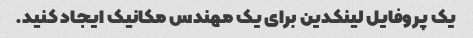
یک پروفایل لینکدین برای یک مهندس مکانیک ایجاد کنید.